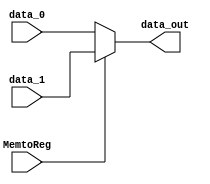
module Mux1(data_out, data_0, data_1, MemtoReg);

input 	[31:0] data_0;
input 	[31:0] data_1;
input	MemtoReg;

output	[31:0] data_out;

assign  	data_out = (MemtoReg)?	data_1 : data_0;

endmodule